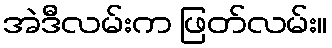
အဲဒီလမ်းက ဖြတ်လမ်း။